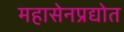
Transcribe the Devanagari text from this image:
महासेनप्रद्योत